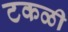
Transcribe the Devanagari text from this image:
टकळी